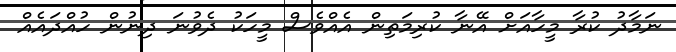
ނަމާދު ކުރާ މީހާއަށް އޭނާ ކުރިމަތިން އެއްވެސް މީހަކު ދެވުނަ ދިނުން ހުއްދައެއް